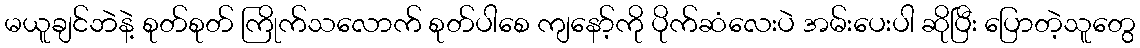
မယူချင်ဘဲနဲ့ စုတ်စုတ် ကြိုက်သလောက် စုတ်ပါစေ ကျနော့်ကို ပိုက်ဆံလေးပဲ အမ်းပေးပါ ဆိုပြီး ပြောတဲ့သူတွေ